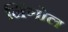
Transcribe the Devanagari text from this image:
निंगोल